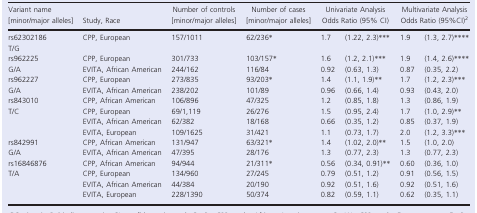
<table><thead><tr><td><b>Variant name [minor/major alleles]</b></td><td><b>Study, Race</b></td><td><b>Number of controls [minor/major alleles]</b></td><td><b>Number of cases [minor/major alleles]</b></td><td colspan="2"><b>Univariate Analysis Odds Ratio (95% CI)</b></td><td colspan="2"><b>Multivariate Analysis Odds Ratio (95%CI)b</b></td></tr></thead><tbody><tr><td>rs62302186T/G</td><td>CPP, European</td><td>157/1011</td><td>62/236*</td><td>1.7</td><td>(1.22, 2.3)***</td><td>1.9</td><td>(1.3, 2.7)****</td></tr><tr><td rowspan="2">rs962225G/A</td><td>CPP, European</td><td>301/733</td><td>103/157*</td><td>1.6</td><td>(1.2, 2.1)***</td><td>1.9</td><td>(1.4, 2.6)****</td></tr><tr><td>EVITA, African American</td><td>244/162</td><td>116/84</td><td>0.92</td><td>(0.63, 1.3)</td><td>0.87</td><td>(0.35, 2.2)</td></tr><tr><td rowspan="2">rs962227G/A</td><td>CPP, European</td><td>273/835</td><td>93/203*</td><td>1.4</td><td>(1.1, 1.9)**</td><td>1.7</td><td>(1.2, 2.3)***</td></tr><tr><td>EVITA, African American</td><td>238/202</td><td>101/89</td><td>0.96</td><td>(0.66, 1.4)</td><td>0.93</td><td>(0.43, 2.0)</td></tr><tr><td rowspan="4">rs843010T/C</td><td>CPP, African American</td><td>106/896</td><td>47/325</td><td>1.2</td><td>(0.85, 1.8)</td><td>1.3</td><td>(0.86, 1.9)</td></tr><tr><td>CPP, European</td><td>69/1,119</td><td>26/276</td><td>1.5</td><td>(0.95, 2.4)</td><td>1.7</td><td>(1.0, 2.9)**</td></tr><tr><td>EVITA, African American</td><td>62/382</td><td>18/168</td><td>0.66</td><td>(0.35, 1.2)</td><td>0.85</td><td>(0.37, 1.9)</td></tr><tr><td>EVITA, European</td><td>109/1625</td><td>31/421</td><td>1.1</td><td>(0.73, 1.7)</td><td>2.0</td><td>(1.2, 3.3)***</td></tr><tr><td rowspan="2">rs842991G/A</td><td>CPP, African American</td><td>131/947</td><td>63/321*</td><td>1.4</td><td>(1.02, 2.0)**</td><td>1.5</td><td>(1.0, 2.0)</td></tr><tr><td>EVITA, African American</td><td>47/395</td><td>28/176</td><td>1.3</td><td>(0.77, 2.3)</td><td>1.3</td><td>(0.77, 2.3)</td></tr><tr><td rowspan="4">rs16846876T/A</td><td>CPP, African American</td><td>94/944</td><td>21/311*</td><td>0.56</td><td>(0.34, 0.91)**</td><td>0.60</td><td>(0.36, 1.0)</td></tr><tr><td>CPP, European</td><td>134/960</td><td>27/245</td><td>0.79</td><td>(0.51, 1.2)</td><td>0.91</td><td>(0.56, 1.5)</td></tr><tr><td>EVITA, African American</td><td>44/384</td><td>20/190</td><td>0.92</td><td>(0.51, 1.6)</td><td>0.92</td><td>(0.51, 1.6)</td></tr><tr><td>EVITA, European</td><td>228/1390</td><td>50/374</td><td>0.82</td><td>(0.59, 1.1)</td><td>0.62</td><td>(0.35, 1.1)</td></tr></tbody></table>